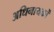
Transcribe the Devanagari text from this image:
अधिनायकों